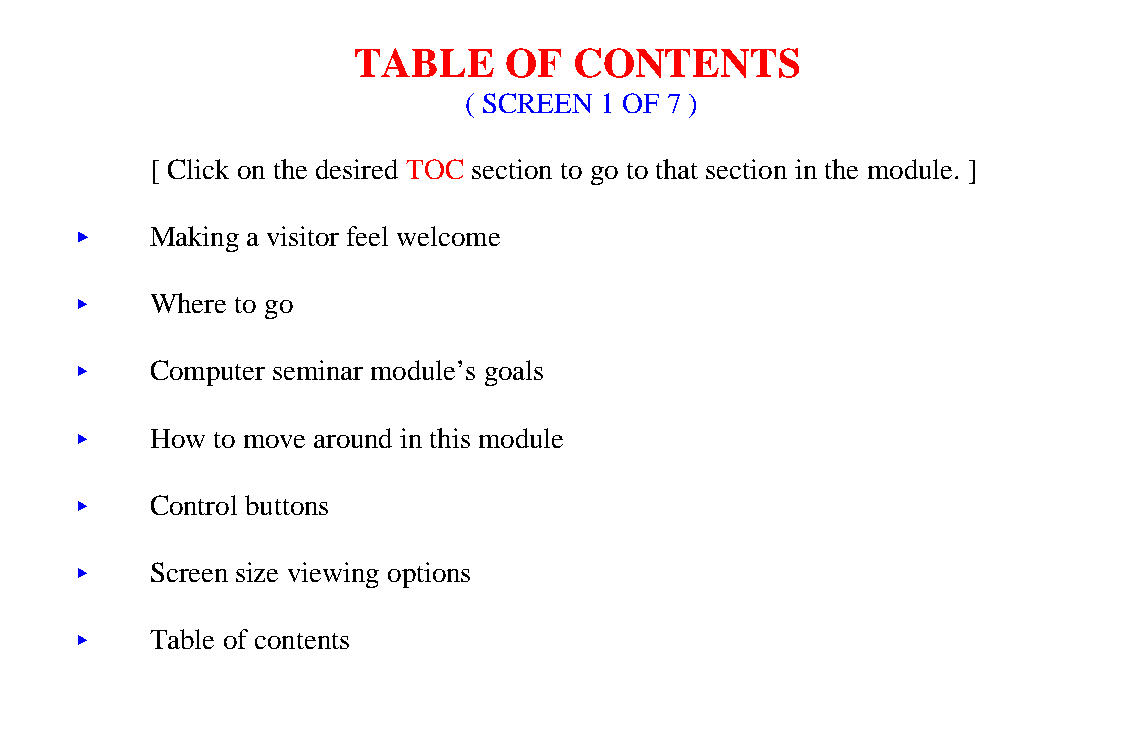
TABLE     OF   CONTENTS
 ( SCREEN 1 OF 7 )
 [ Click on the desired TOC section to go to that section in the module. ]
 <<   Making a visitor feel welcome
 <<   Where to go
 <<   Computer seminar module’s goals
 <<   How to move around in this module
 <<   Control buttons
 <<   Screen size viewing options
 <<   Table of contents